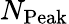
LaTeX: N_{\mathrm{Peak}}